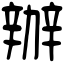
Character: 辦